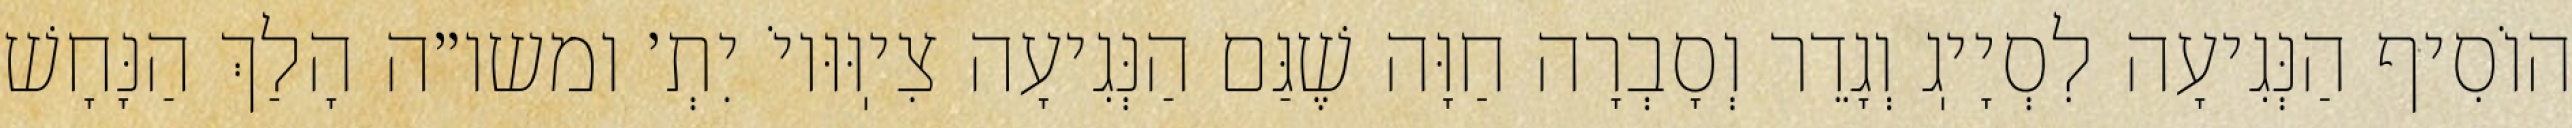
הוֹסִיף הַנְּגִיעָה לִסְיָיֽג וְגָדֵר וְסָבְרָה חַוָּה שֶׁגַּם הַנְּגִיעָה צִיֽוּוּיוֹ יִתְ׳ ומשו״ה הָלַךְ הַנָּחָשׁ